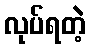
လုပ်ရတဲ့